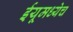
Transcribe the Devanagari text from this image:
ईयूमध्येच